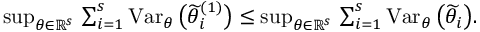
\begin{array} { r } { \operatorname* { s u p } _ { \theta \in \mathbb { R } ^ { s } } \, \sum _ { i = 1 } ^ { s } \operatorname { V a r } _ { \theta } \big ( \widetilde \theta _ { i } ^ { ( 1 ) } \big ) \leq \operatorname* { s u p } _ { \theta \in \mathbb { R } ^ { s } } \, \sum _ { i = 1 } ^ { s } \operatorname { V a r } _ { \theta } \big ( \widetilde \theta _ { i } \big ) . } \end{array}